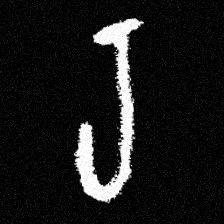
Pyu character \u2014 Myanmar letter: ရ (romanized: ra)